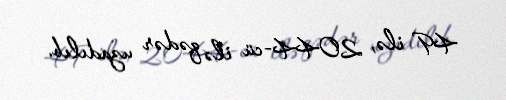
49 ilə, 2044-cü ilə qədər uzadılıb.